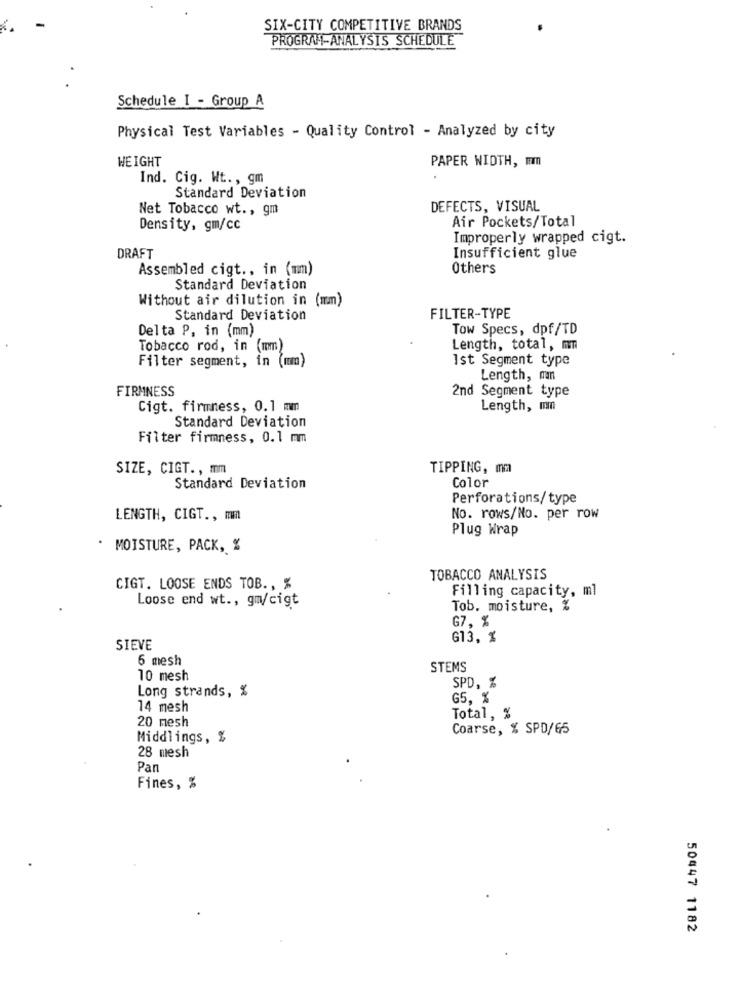
SIX-CITY COMPETITIVE BRANDS
PROGRAM-ANALYSIS SCHEDULE
Schedule I - Group A
Physical Test Variables - Quality Control - Analyzed by city
WEIGHT
PAPER WIDTH, mm
Ind. Cig. Wt ., gm
Standard Deviation
Net Tobacco wt ., gm
DEFECTS, VISUAL
Air Pockets/Total
Density, gm/cc
Improperly wrapped cigt.
DRAFT
Insufficient glue
Assembled cigt ., in (mm)
Others
Standard Deviation
Without air dilution in (mm)
Standard Deviation
FILTER-TYPE
Delta P. in (mm)
Tow Specs, dpf/TD
Tobacco rod, in (mm)
Length, total, mm
Filter segment, in (mm)
Ist Segment type
Length, man
FIRMNESS
2nd Segment type
Cigt. firmness, 0.1 mm
Length, mn
Standard Deviation
Filter firmness, 0.1 mm
SIZE, CIGT ., mm
TIPPING, mm
Standard Deviation
Color
Perforations/ type
LENGTH, CIGT ., mm
No. rows/No. per row
Plug Wrap
MOISTURE, PACK, %
TOBACCO ANALYSIS
CIGT. LOOSE ENDS TOB ., %
Filling capacity, ml
Loose end wt ., gm/cigt
Tob. moisture, %
G7, %
G13, %
SIEVE
6 mesh
STEMS
10 mesh
Long strands, %
SPD, %
G5, %
14 mesh
Total, %
20 mesh
Coarse, % SPD/65
Middlings, %
28 mesh
Pan
Fines, %
50447 1182